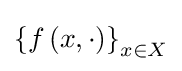
\left\{f\left(x,\cdot \right)\right\}_{x\in X}